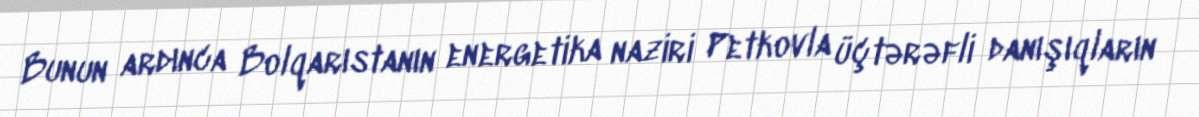
Bunun ardınca Bolqarıstanın energetika naziri Petkovla üçtərəfli danışıqların